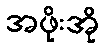
အဖိုးအို